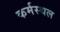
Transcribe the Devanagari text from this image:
कर्मस्थल